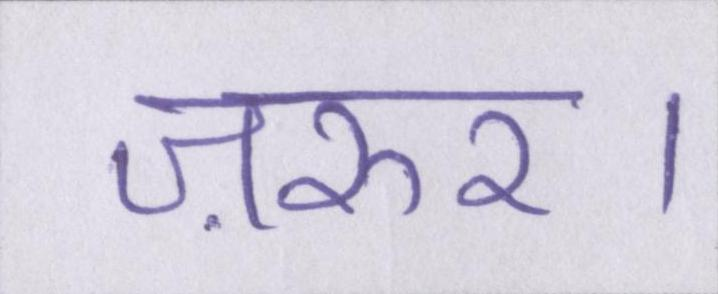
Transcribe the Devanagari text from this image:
ज़रुर।